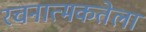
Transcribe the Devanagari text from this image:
रचनात्मकतेला